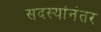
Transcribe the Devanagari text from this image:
सदस्यांनंतर